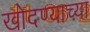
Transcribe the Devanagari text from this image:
खोदण्याच्या